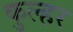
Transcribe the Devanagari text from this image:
कुल्हर